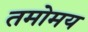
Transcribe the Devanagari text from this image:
तमोमय